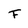
Character: f